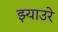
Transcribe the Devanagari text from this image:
झ्याउरे